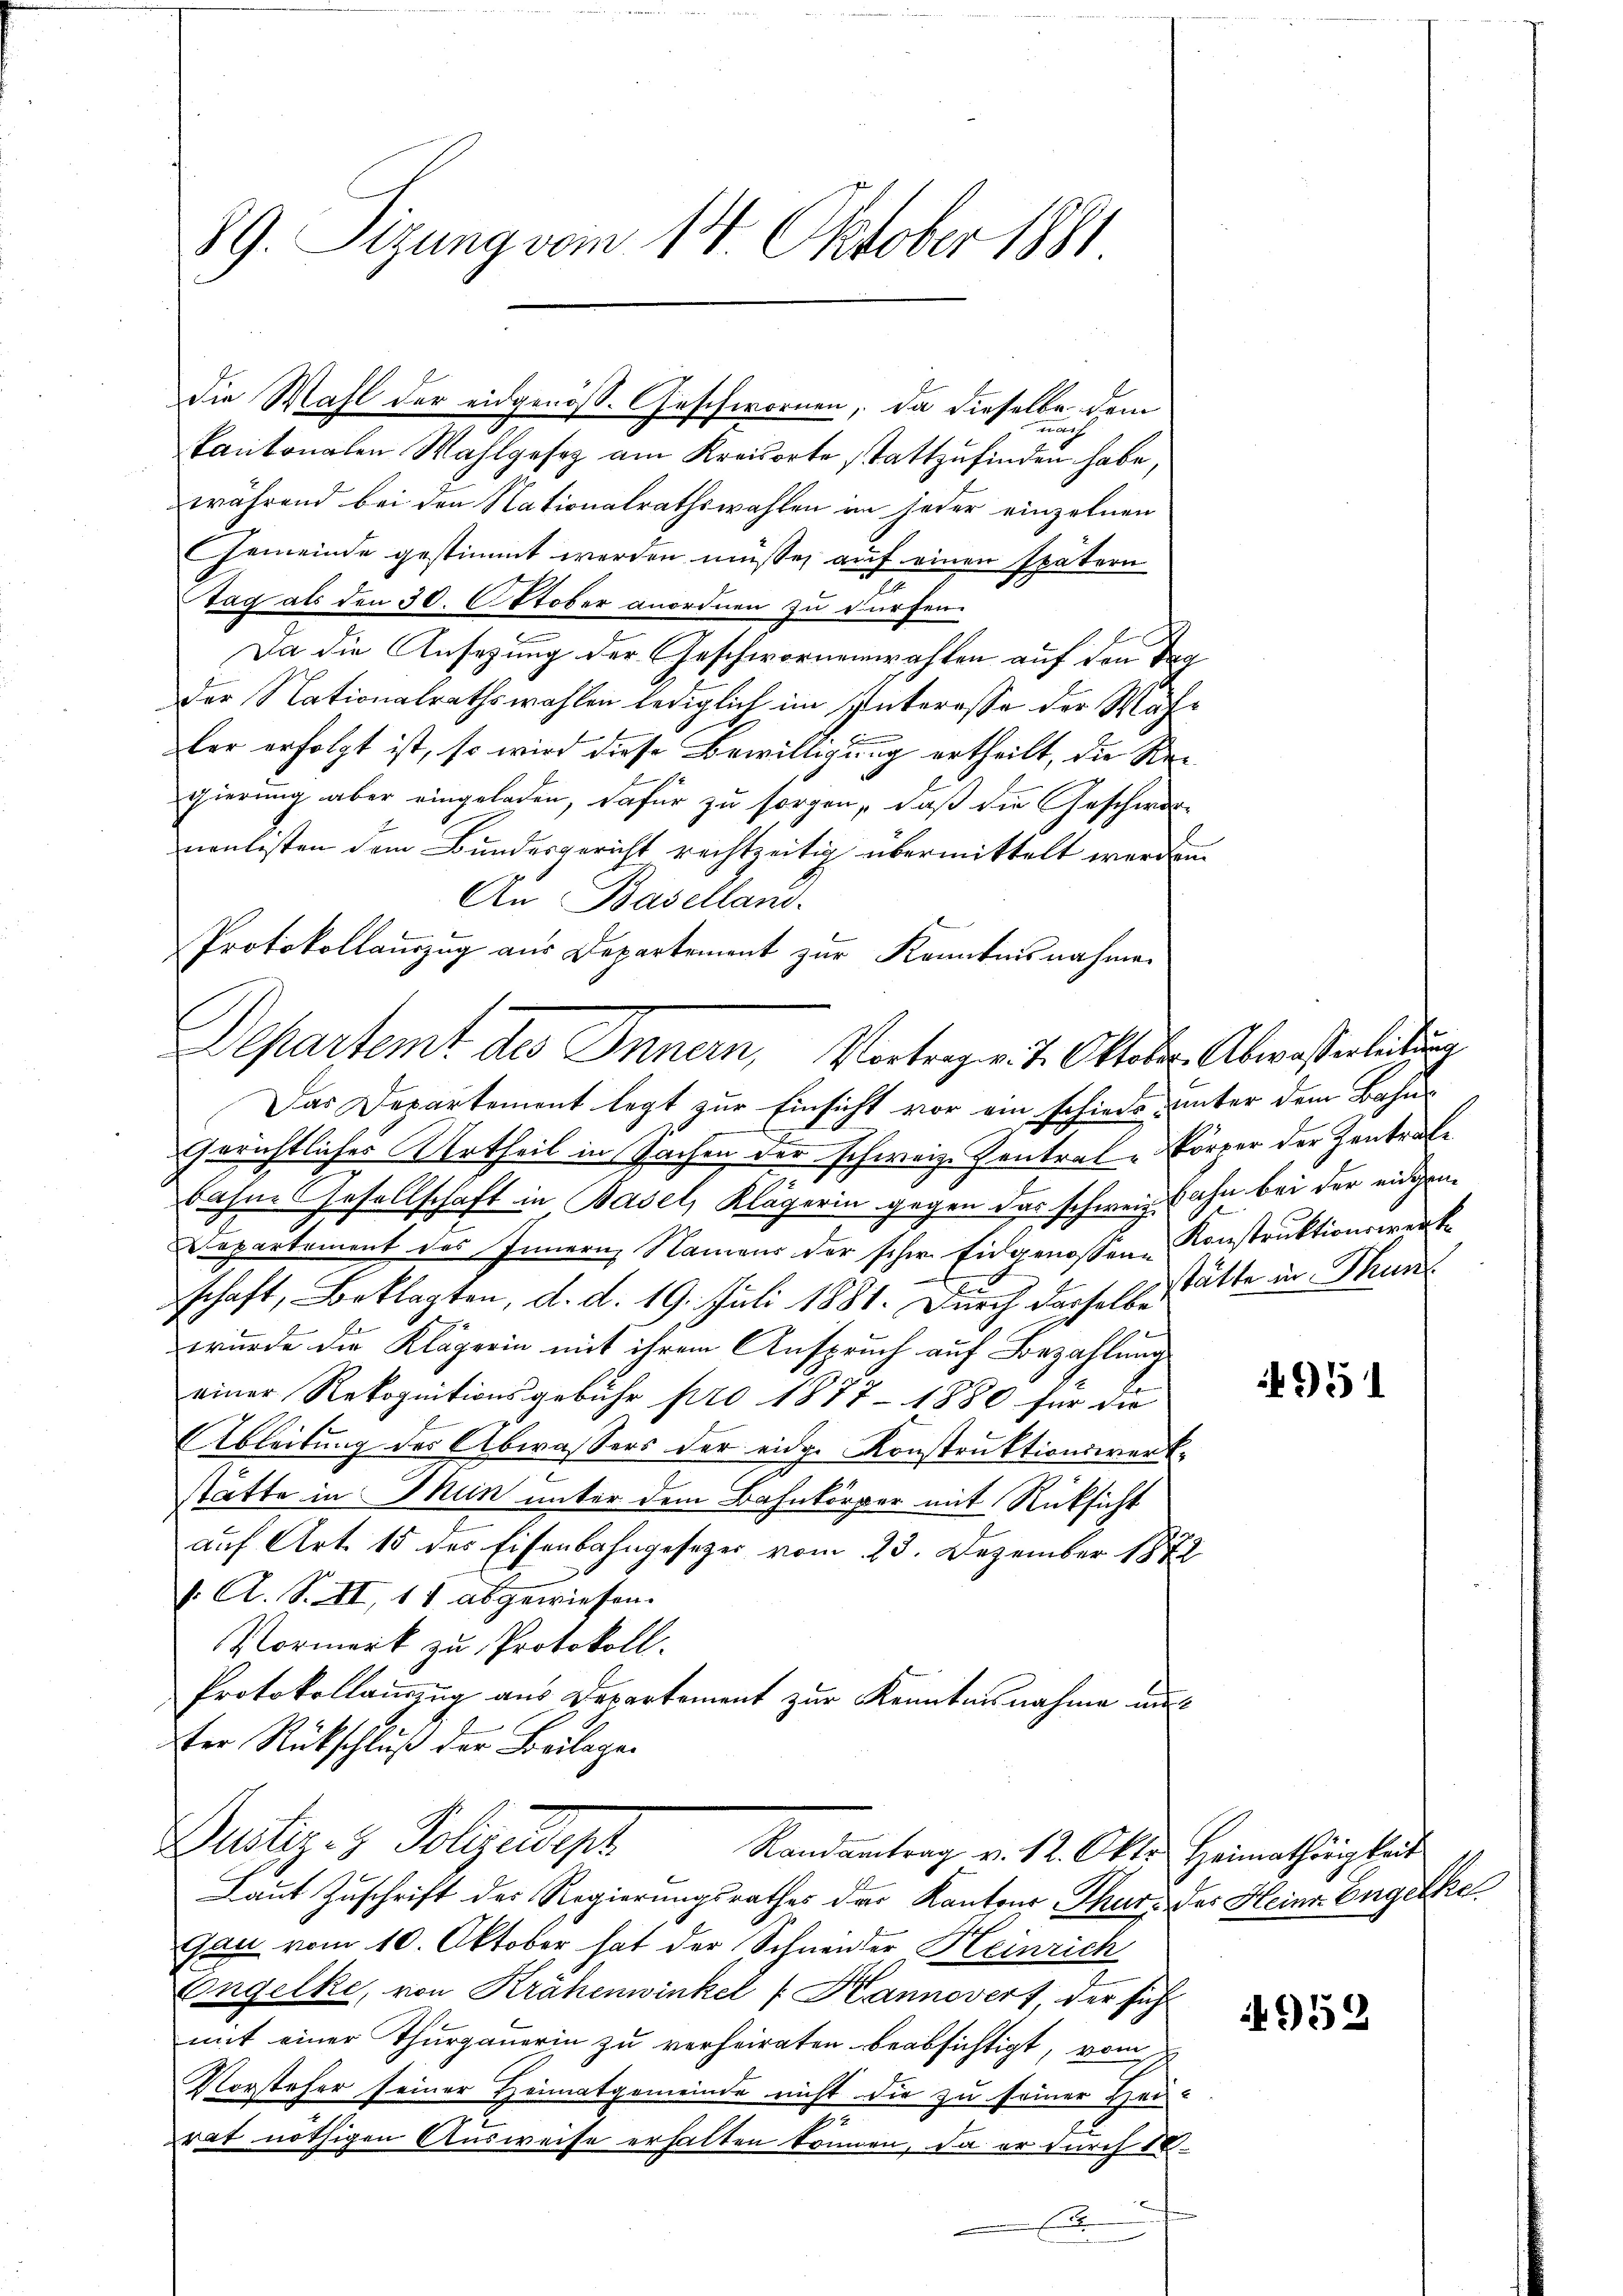
89. Sizung vom 14. Oktober 1881

ma
kantonalen Wahlgesez am Kreisorte stattzufinden habe,
während bei den Nationalrathswahlen in jeder einzelnen
Gemeinde gestimmt werden müsse, auf einen spätern
Tag als den 30. Oktober anordnen zu dürfen.
Da die Ansetzung der Geschwornenwahlen auf den Tag
der Nationalrathswahlen lediglich im Interesse der Wähler erfolgt ist, so wird diese Bewilligung ertheilt, die Regierung aber eingeladen, dafür zu sorgen, daß die Geschwo
noulisten dem Bundesgericht rechtzeitig übermittelt werden
An Baselland.
Protokollauszug aus Departement zur Kenntnisnahmen
Gerichtliches Urtheil in Sachen der schweiz. Zentralkörper der Zentralbahne Gesellschaft in Basel, Klägerin gegen das schweiz. Fahn bei der einan¬
Departement des Innern, Namens der schw. Eidgenossene Konstruktionswerke
schaft, Beklagten, d. d. 19. Juli 1881. Durch dasselbestätte in Thuns
wurde die Klägerin mit ihrem Anspruch auf Bezahlung
einer Rekognitionsgebühr pro 1877 - 1880 für die
Ableitung der Abwassers der eidg. Konstruktionswerkstätte in Mun unter dem Bahnkörper mit Rücksicht
auf Art. 15 des Eisenbahngesetzes vom 23. Dezember 1882
. A. S. II, 11 abgewiesen.
Vormerk zu Protokoll.
Protokollauszug aus Departement zur Kenntnisnahme au
ter Rückschluß der Beilagen
Bustiz- & Polizeidisch
Randantrag v. 12. Okt. Heimathörigkeit
Laut Zuschrift des Regierungsrathes der Kantons Thurs der Heine Engelha
Gau vom 10. Oktober hat der Schneider Heinrich
Engelke, von Krähenwinkel (Kannovert, der sich
mit einer Thurgauerin zu verheiraten beabsichtigt, vom
Vorsteher seiner Heimatgemeinde nicht die zu seiner Hei-
rat nöthigen Ausweise erhalten können, da er durch 18.

Departemt des Innern, Vortragen 7. Oktober Abwaßerleitung
Das Departement legt zur Einsicht vor ein schiede unter dem Bahn¬

Die Wahl der eidgenöss. Geschwornen, da dieselbe, dem

4951

952